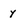
Character: y